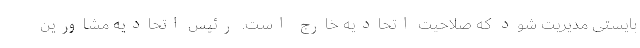
بایستی مدیریت شود که صلاحیت اتحادیه خارج است. رئیس اتحادیه مشاورین